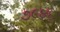
૭૯૪૬